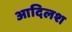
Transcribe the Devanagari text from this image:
आदिलश